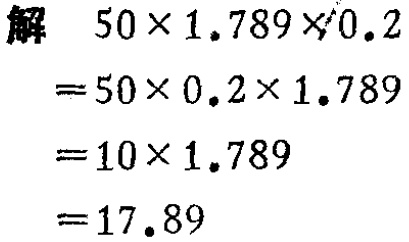
解

\[

\begin{align*}

&50\times1.789\times0.2\\

=&50\times0.2\times1.789\\

=&10\times1.789\\

=&17.89

\end{align*}

\]